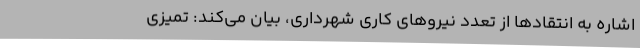
اشاره به انتقادها از تعدد نیروهای کاری شهرداری، بیان می‌کند: تمیزی